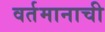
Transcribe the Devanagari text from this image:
वर्तमानाची